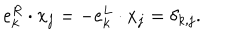
LaTeX: e _ { k } ^ { R } \cdot x _ { j } = - e _ { k } ^ { L } \cdot x _ { j } = \delta _ { k , j } .